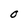
Character: O